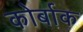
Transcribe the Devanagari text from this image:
कोर्बाक